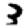
Digit: 3